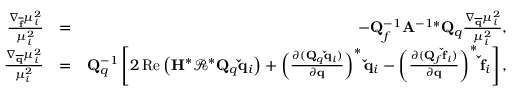
\begin{array} { r l r } { \frac { \nabla _ { \mathbf { \overline { { f } } } } \mu _ { i } ^ { 2 } } { \mu _ { i } ^ { 2 } } } & { = } & { - \mathbf { Q } _ { f } ^ { - 1 } \mathbf { A } ^ { - 1 * } \mathbf { Q } _ { q } \frac { \nabla _ { \mathbf { \overline { { q } } } } \mu _ { i } ^ { 2 } } { \mu _ { i } ^ { 2 } } , } \\ { \frac { \nabla _ { \mathbf { \overline { { q } } } } \mu _ { i } ^ { 2 } } { \mu _ { i } ^ { 2 } } } & { = } & { \mathbf { Q } _ { q } ^ { - 1 } \left[ 2 \operatorname { R e } \left( \mathbf { H } ^ { * } \mathbf { \mathcal { R } } ^ { * } \mathbf { Q } _ { q } \mathbf { \check { q } } _ { i } \right) + \left( \frac { \partial ( \mathbf { Q } _ { q } \mathbf { \check { q } } _ { i } ) } { \partial \mathbf { q } } \right) ^ { * } \mathbf { \check { q } } _ { i } - \left( \frac { \partial ( \mathbf { Q } _ { f } \mathbf { \check { f } } _ { i } ) } { \partial \mathbf { q } } \right) ^ { * } \mathbf { \check { f } } _ { i } \right] , } \end{array}